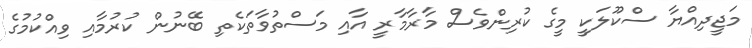
މަޖީދިއްޔާ ސްކޫލަކީ މީގެ ކުރިންވެސް މާރާމާރީ އާއި މަސްތުވާތަކެތި ބޭނުން ކުރުމާއި ވިއްކުމުގެ